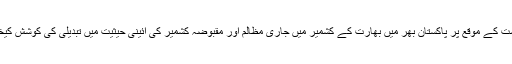
بھارت کے یوم آزادی 15 اگست کے موقع پر پاکستان بھر میں بھارت کے کشمیر میں جاری مظالم اور مقبوضہ کشمیر کی آئینی حیثیت میں تبدیلی کی کوشش کیخلاف یوم سیاہ منایا جا رہا ہے۔